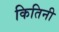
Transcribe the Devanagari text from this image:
कितिनी